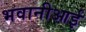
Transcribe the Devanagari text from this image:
भवानीआई